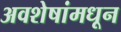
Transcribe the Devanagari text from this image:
अवशेषांमधून